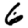
Digit: 6